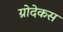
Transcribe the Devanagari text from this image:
ग्रोदेकस